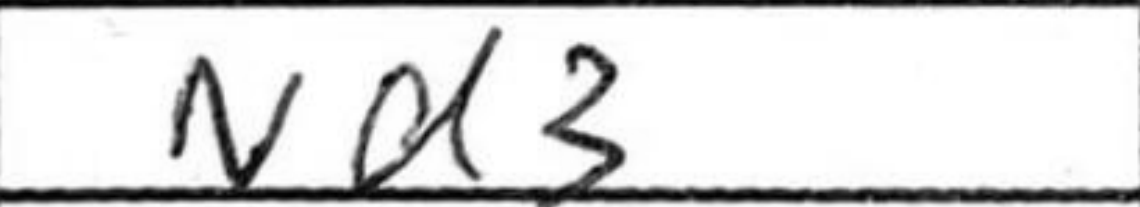
Transcription: Nd3